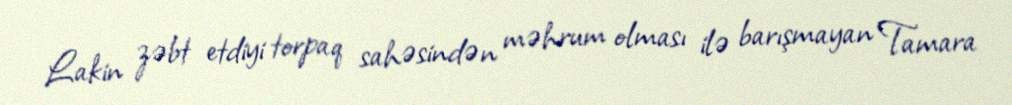
Lakin zəbt etdiyi torpaq sahəsindən məhrum olması ilə barışmayan Tamara